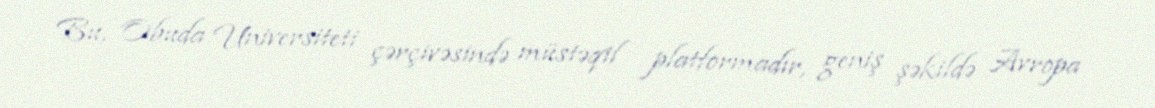
Bu, Obuda Universiteti çərçivəsində müstəqil platformadır, geniş şəkildə Avropa